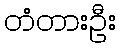
တံတားဦး